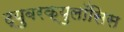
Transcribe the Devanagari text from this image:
ट्युुबरक्युलॉसिस